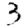
Digit: 3